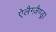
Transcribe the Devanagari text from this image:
ऐलैग्ज़ैण्ड्रा